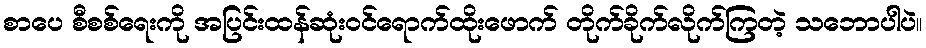
စာပေ စီစစ်ရေးကို အပြင်းထန်ဆုံးဝင်ရောက်ထိုးဖောက် တိုက်ခိုက်လိုက်ကြတဲ့ သဘောပါပဲ။